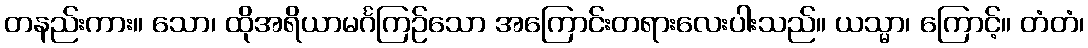
တနည်းကား။ သော၊ ထိုအရိယာမင်္ဂကြဉ်သော အကြောင်းတရားလေးပါးသည်။ ယသ္မာ၊ ကြောင့်။ တံတံ၊